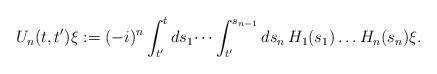
LaTeX: \begin{align*}U_n(t,t')\xi := (-i)^n\int_{t'}^t ds_1 \dots \int_{t'}^{s_{n-1}}ds_n \,H_1(s_1)\dots H_n(s_n)\xi.\end{align*}